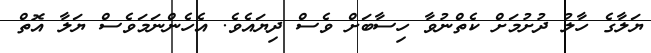
ޔަލާގެ ހާލު ދުށުމަށް ކެތްނުވާ ހިސާބަށް ވެސް ދިޔައެވެ. އެހެންނަމަވެސް ޔަލާ އޮތް